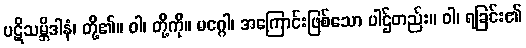
ပဋိသမ္ဘိဒါနံ၊ တို့၏။ ဝါ၊ တို့ကို။ မဂ္ဂေါ၊ အကြောင်းဖြစ်သော ပါဌ်တည်း။ ဝါ၊ ရခြင်း၏